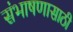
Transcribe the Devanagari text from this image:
संभाषणासाठी